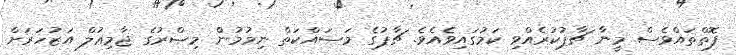
ފޮތްތައްވެސް މީނާ ޗާޕުކުރެއްވި ކަމުގައިވެއެވެ. ޗާޕުގެ މަސައްކަތް ނިމުމުން މިޞްރުގެ ޖާމިޢުލް އަޒުހަރަށް